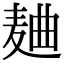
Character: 𱋐